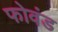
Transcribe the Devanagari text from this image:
फोवंड